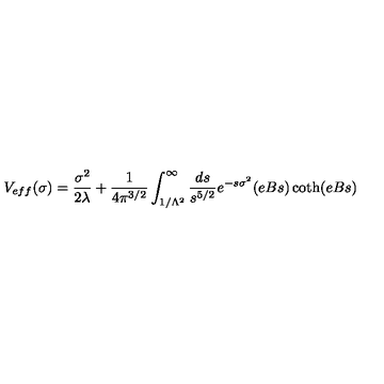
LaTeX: V _ { e f f } ( \sigma ) = { \frac { \sigma ^ { 2 } } { 2 \lambda } } + { \frac { 1 } { 4 \pi ^ { 3 / 2 } } } \int _ { 1 / \Lambda ^ { 2 } } ^ { \infty } { \frac { d s } { s ^ { 5 / 2 } } } e ^ { - s \sigma ^ { 2 } } ( e B s ) \coth ( e B s )